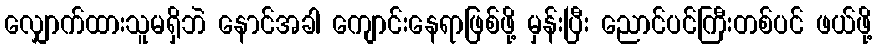
လျှောက်ထားသူမရှိဘဲ နောင်အခါ ကျောင်းနေရာဖြစ်ဖို့ မှန်းပြီး ညောင်ပင်ကြီးတစ်ပင် ဖယ်ဖို့